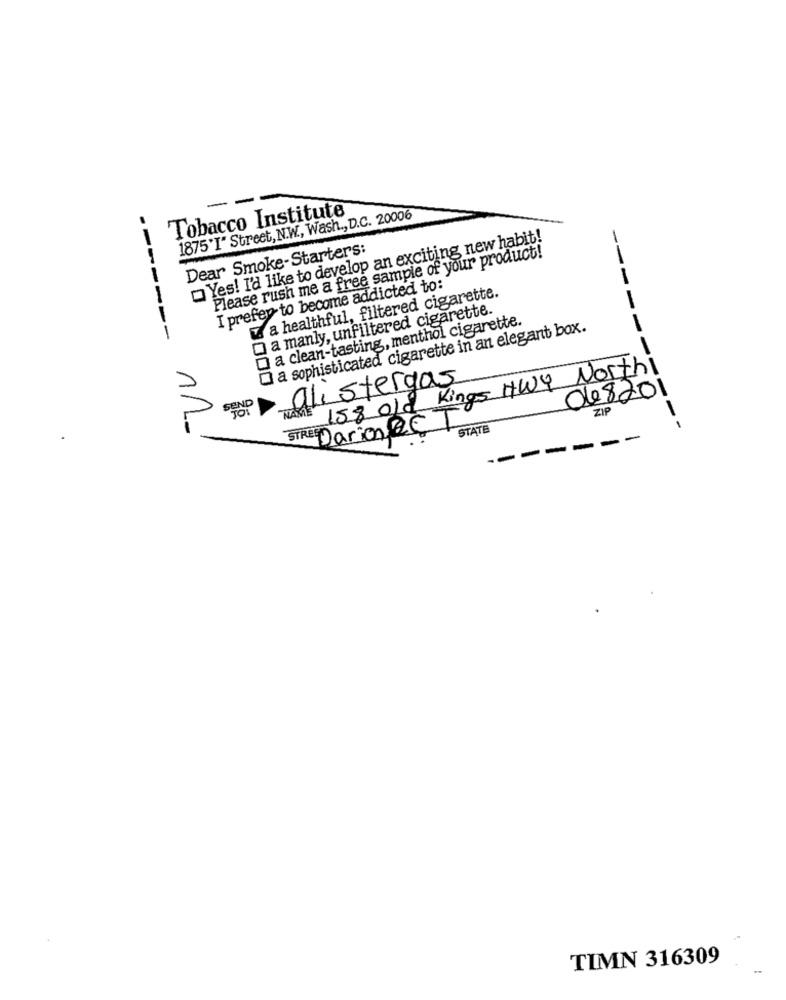
Tobacco Institute
1875'I" Street, N.W ., Wash ., D.C. 20006
-
Yes! I'd like to develop an exciting new habit!
-
Dear Smoke-Starters:
Please rush me a free sample of your product!
I prefer to become addicted to:
w. a healthful, filtered cigarette.
a manly, unfiltered cigarette.
a clean-tasting, menthol cigarette.
----
O a sophisticated cigarette in an elegant box.
---
158 old Kings HWY Northi
alistergas
1000
048201
SEND
ZIP
STRE Darion@CT
STATE
-
TIMN 316309